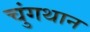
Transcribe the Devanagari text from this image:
चुंगथान